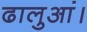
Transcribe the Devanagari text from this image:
ढालुआं।